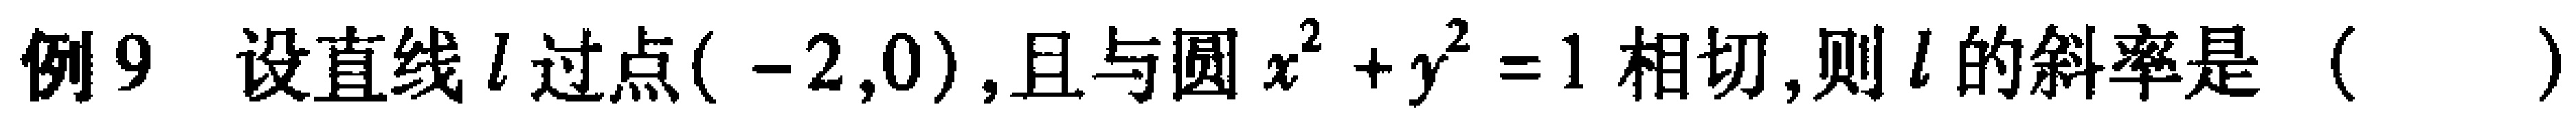
例9 设直线\(l\)过点\(( -2,0)\),且与圆\(x^{2}+y^{2}=1\)相切,则\(l\)的斜率是（  ）